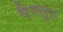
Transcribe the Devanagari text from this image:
बैगलूरु